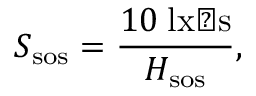
S _ { \mathrm { s o s } } = { \frac { 1 0 \; { \mathrm { l x � s } } } { H _ { \mathrm { s o s } } } } ,